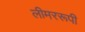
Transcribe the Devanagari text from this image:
लीमररूपी